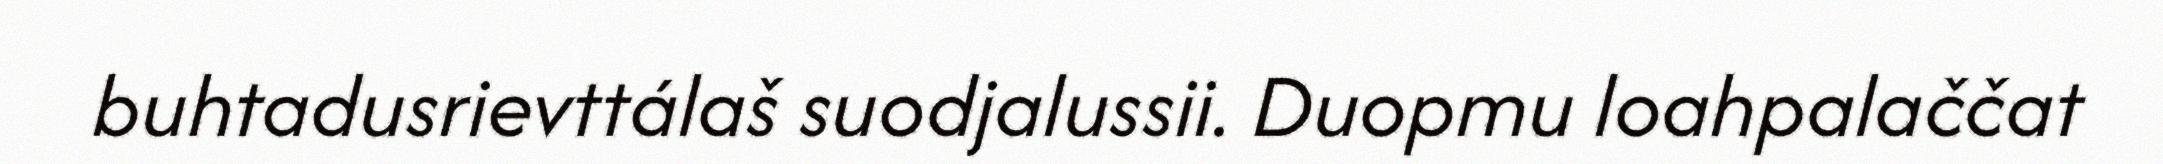
buhtadusrievttálaš suodjalussii. Duopmu loahpalaččat